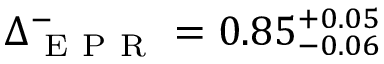
\Delta _ { \mathrm { ~ E ~ P ~ R ~ } } ^ { - } = 0 . 8 5 _ { - 0 . 0 6 } ^ { + 0 . 0 5 }